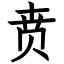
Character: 贲